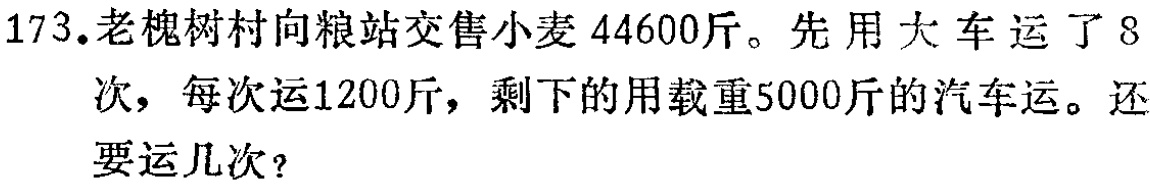
173.老槐树村向粮站交售小麦$44600$斤。先用大车运了$8$次，每次运$1200$斤，剩下的用载重$5000$斤的汽车运。还要运几次？